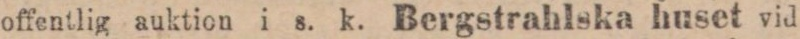
offentlig auktion i s. k. Bergstrahlska huset vid